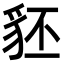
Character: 豾